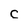
Character: C